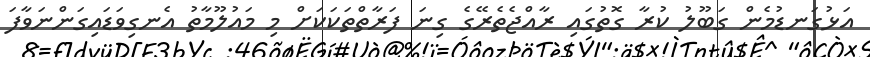
އަޅުގަނޑުމެން ގަބޫލު ކުރާ ގޮތުގައި ރާއްޖެތެރޭގެ ގިނަ ފަރާތްތަކަކަށް މި މައުލޫމާތު އެނގިވަޑައިގަންނަވާފަ